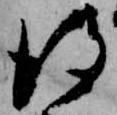
得